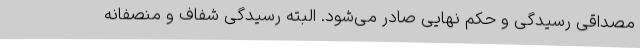
مصداقی رسیدگی و حکم نهایی صادر می‌شود. البته رسیدگی شفاف و منصفانه